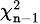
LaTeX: \scriptstyle\chi_{\mathtt{n}-1}^{2}